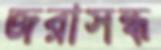
জরাসন্ধ